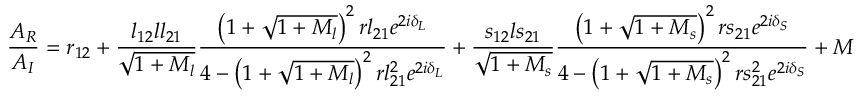
\frac { A _ { R } } { A _ { I } } = r _ { 1 2 } + \frac { l _ { 1 2 } l l _ { 2 1 } } { \sqrt { 1 + M _ { l } } } \frac { \left( 1 + \sqrt { 1 + M _ { l } } \right) ^ { 2 } r l _ { 2 1 } e ^ { 2 i \delta _ { L } } } { 4 - \left( 1 + \sqrt { 1 + M _ { l } } \right) ^ { 2 } r l _ { 2 1 } ^ { 2 } e ^ { 2 i \delta _ { L } } } + \frac { s _ { 1 2 } l s _ { 2 1 } } { \sqrt { 1 + M _ { s } } } \frac { \left( 1 + \sqrt { 1 + M _ { s } } \right) ^ { 2 } r s _ { 2 1 } e ^ { 2 i \delta _ { S } } } { 4 - \left( 1 + \sqrt { 1 + M _ { s } } \right) ^ { 2 } r s _ { 2 1 } ^ { 2 } e ^ { 2 i \delta _ { S } } } + M